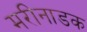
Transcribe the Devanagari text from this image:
मरीनाडक